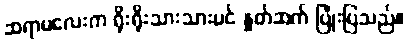
ဆရာမလေးက ရိုးရိုးသားသားပင် နှုတ်ဆက် ပြုံးပြသည်။